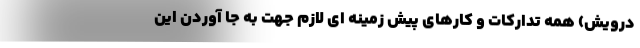
درویش) همه تدارکات و کارهای پیش زمینه ای لازم جهت به جا آوردن این